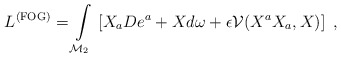
\begin{align*}L^{\rm (FOG)}=\int\limits _{\mathcal{M}_{2}}\, \left[ X_{a}De^{a}+Xd\omega +\epsilon \mathcal{V}(X^{a}X_{a},X)\right] \; ,\end{align*}